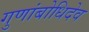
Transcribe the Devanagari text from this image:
गुणांबोधिदेव